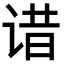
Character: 𬣾